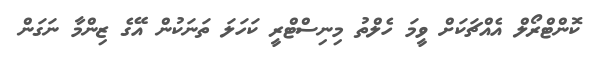
ކޮންޓްރޯލް އެއްޗަކަށް ވީމަ ހެލްތު މިނިސްޓްރީ ކަހަލަ ތަނަކުން އޭގެ ޒިންމާ ނަގަން